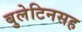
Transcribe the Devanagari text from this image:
बुलेटिनसह